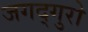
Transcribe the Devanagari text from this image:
जगद्गुरो